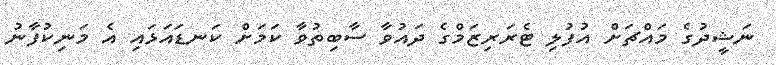
ނަޝީދުގެ މައްޗަށް އުފުލި ޓެރަރިޒަމްގެ ދައުވާ ސާބިތުވާ ކަމަށް ކަނޑައަޅައި އެ މަނިކުފާނު